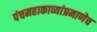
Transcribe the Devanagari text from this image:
पंचमहाकाव्यांप्रमाणेच